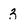
Character: 3